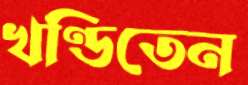
খণ্ডিতেন